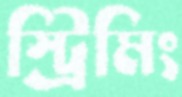
স্ট্রিমিং